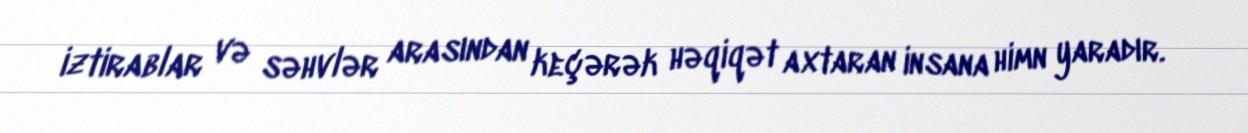
iztirablar və səhvlər arasından keçərək həqiqət axtaran insana himn yaradır.